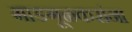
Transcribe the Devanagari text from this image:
माडगूळकरांना